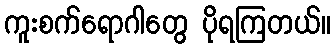
ကူးစက်ရောဂါတွေ ပိုရကြတယ်။